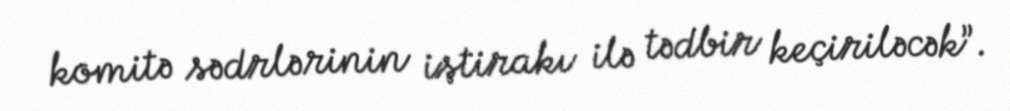
komitə sədrlərinin iştirakı ilə tədbir keçiriləcək”.